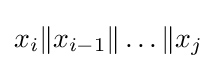
x_{i}\|x_{i-1}\|\ldots \|x_{j}